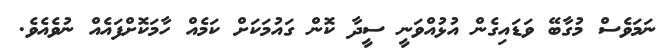
ނަމަވެސް މުގާބޭ ވަޑައިގެން އުޅުއްވަނީ ސީދާ ކޮން ގައުމަކަށް ކަމެއް ހާމަކޮށްފައެއް ނުވެއެވެ.